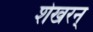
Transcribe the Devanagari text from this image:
शेखरन्